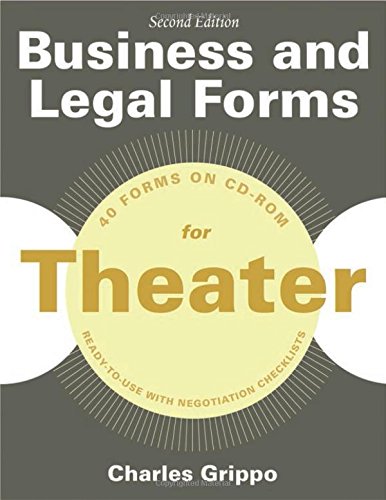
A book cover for Business and Legal Forms for Theater, Second Edition; Charles Grippo; Law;